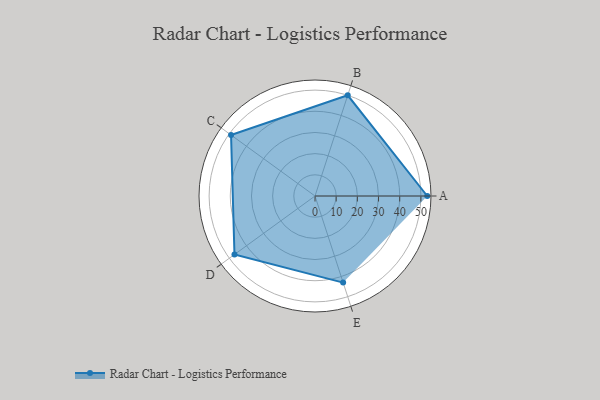
{"axis": {"x": "Skill", "y": "Score"}, "legend": ["Profile"], "data": [{"x": "A", "y": 53.0, "type": "Profile"}, {"x": "B", "y": 50.0, "type": "Profile"}, {"x": "C", "y": 49.0, "type": "Profile"}, {"x": "D", "y": 47.0, "type": "Profile"}, {"x": "E", "y": 43.0, "type": "Profile"}]}